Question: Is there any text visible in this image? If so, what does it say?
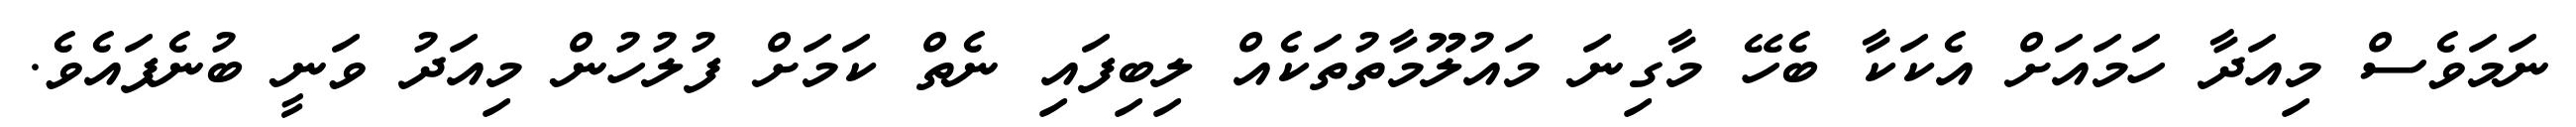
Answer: ނަމަވެސް މިއަދާ ހަމައަށް އެކަކާ ބެހޭ މާގިނަ މައުލޫމާތުތަކެއް ލިބިފައި ނެތް ކަމަށް ފުލުހުން މިއަދު ވަނީ ބުނެފައެވެ.